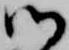
御